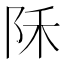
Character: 𱀇